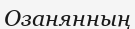
Озанянның